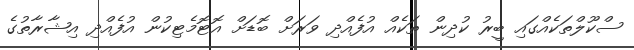
ސްކޫލްތަކެއްގައި ބީރު ކުދިން ތަކެއް އުފެއްދި ވަރަށް ބޮޑަށް އޮޓޮމެޓިކުން އުފެއްދި އިޝާރާތުގެ